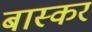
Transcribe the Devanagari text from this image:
बास्कर